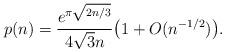
LaTeX: \begin{align*}p(n)=\frac{e^{\pi\sqrt{2n/3}}}{4\sqrt{3}n}\bigl(1+O(n^{-1/2})\bigr).\end{align*}